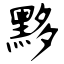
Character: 黟